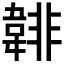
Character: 𩎻